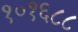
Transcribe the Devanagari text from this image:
१०१६८८